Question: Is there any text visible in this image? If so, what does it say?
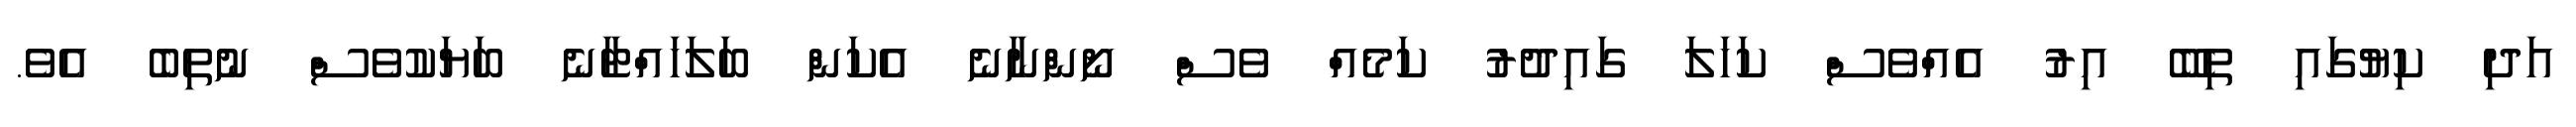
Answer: އަދި ކިޔުގައި ތިބޭ އިރު އެއްވެސް ކަހަލަ ގައިދުރު ކަމެއް ވެސް ނޯންނާނެ އެކަން ބަލަހައްޓާނެ ބަޔަކުވެސް ނުތިބެ އެވެ.